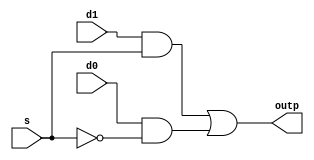
module mux_2x1(outp,d0,d1,s);
input d0,d1,s;
output outp;
wire d1_and_s, d0_and_not_s, not_s;

not(not_s,s);
and(d0_and_not_s,d0,not_s);
and(d1_and_s,d1,s);
or(outp,d1_and_s,d0_and_not_s);

endmodule